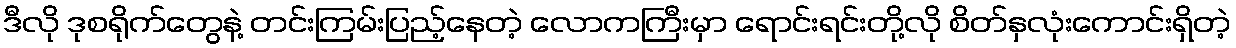
ဒီလို ဒုစရိုက်တွေနဲ့ တင်းကြမ်းပြည့်နေတဲ့ လောကကြီးမှာ ရောင်းရင်းတို့လို စိတ်နှလုံးကောင်းရှိတဲ့